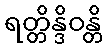
ရတ္တိန္ဒိဝန္တိ